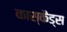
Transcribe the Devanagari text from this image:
कास्कैड्स